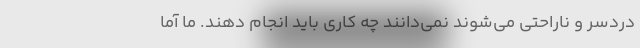
دردسر و ناراحتی می‌شوند نمی‌دانند چه کاری باید انجام دهند. ما آما